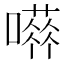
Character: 𡁐